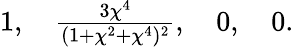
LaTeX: \textstyle 1,\quad\frac{3\chi^{4}}{(1+\chi^{2}+\chi^{4})^{2}},\quad 0,\quad 0.